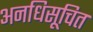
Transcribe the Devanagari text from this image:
अनधिसूचित